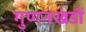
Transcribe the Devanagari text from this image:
गुणनखंडों